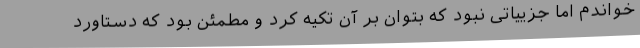
خواندم اما جزییاتی نبود که بتوان بر آن تکیه کرد و مطمئن بود که دستاورد